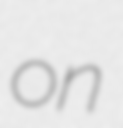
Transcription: on